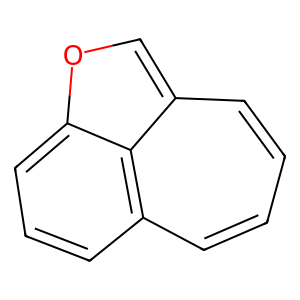
SMILES: c1ccc2coc3cccc(c1)c23
Inhibits HIV replication: No